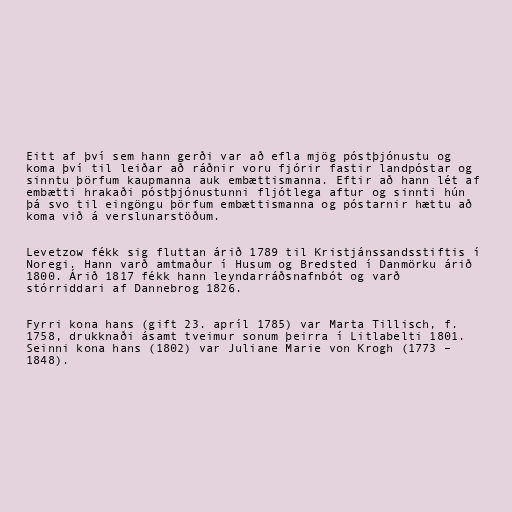
Eitt af því sem hann gerði var að efla mjög póstþjónustu og
koma því til leiðar að ráðnir voru fjórir fastir landpóstar og
sinntu þörfum kaupmanna auk embættismanna. Eftir að hann lét af
embætti hrakaði póstþjónustunni fljótlega aftur og sinnti hún
þá svo til eingöngu þörfum embættismanna og póstarnir hættu að
koma við á verslunarstöðum.

Levetzow fékk sig fluttan árið 1789 til Kristjánssandsstiftis í
Noregi. Hann varð amtmaður í Husum og Bredsted í Danmörku árið
1800. Árið 1817 fékk hann leyndarráðsnafnbót og varð
stórriddari af Dannebrog 1826.

Fyrri kona hans (gift 23. apríl 1785) var Marta Tillisch, f.
1758, drukknaði ásamt tveimur sonum þeirra í Litlabelti 1801.
Seinni kona hans (1802) var Juliane Marie von Krogh (1773 –
1848).